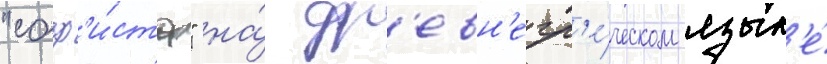
"соф'и́ста" на́ др'евн'егр'е́ческом язык'е́